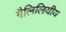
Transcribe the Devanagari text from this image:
गैलिलियीय